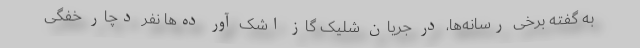
به گفته برخی رسانه‌ها، در جریان شلیک گاز اشک آور ده‌ها نفر دچار خفگی